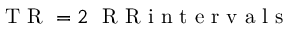
\mathrm { ~ T ~ R ~ } = 2 \ \mathrm { ~ R ~ R ~ i ~ n ~ t ~ e ~ r ~ v ~ a ~ l ~ s ~ }